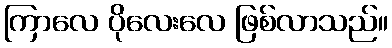
ကြာလေ ပိုလေးလေ ဖြစ်လာသည်။